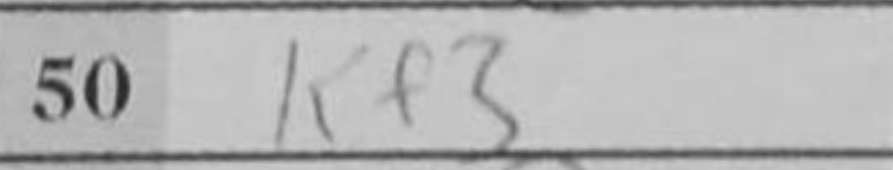
Transcription: Kf3